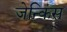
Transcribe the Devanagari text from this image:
जेन्किंस